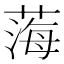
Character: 𦷫